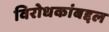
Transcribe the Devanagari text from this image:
विरोधकांबद्दल